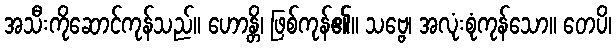
အသီးကိုဆောင်ကုန်သည်။ ဟောန္တိ၊ ဖြစ်ကုန်၏။ သဗ္ဗေ၊ အလုံးစုံကုန်သော။ တေပိ၊